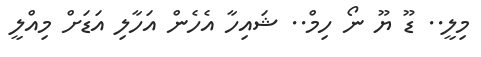
މިލީ.. ޑޫ ޔޫ ނޯ ހިމް.. ޝައިހާ އެހެން އަހާލި އަޑަށް މިއްލީ